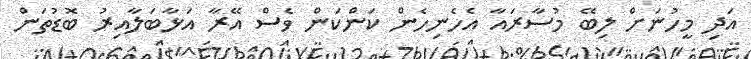
އަދި މީހުނަށް ލިބޭ މުސާރައާ އެހެނިހެން ކަންކަން ވެސް އޭރާ އަޅާބަލާއިރު ބޮޑުތަން